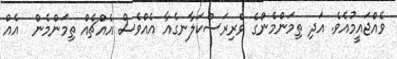
ވެއްޖައީމުއެވެ. އަދި ތިމަންމެންގެ ވެރިރަސްކަލާނގެއާ އެއްވެސް އެއްޗެއް ތިމަންމެން  އެއް